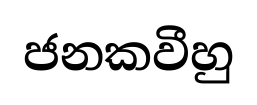
ජනකවීහු